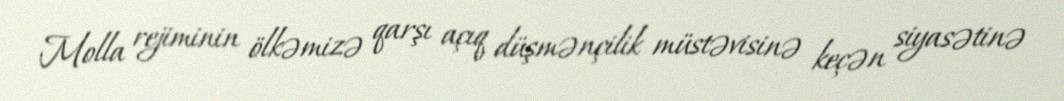
Molla rejiminin ölkəmizə qarşı açıq düşmənçilik müstəvisinə keçən siyasətinə